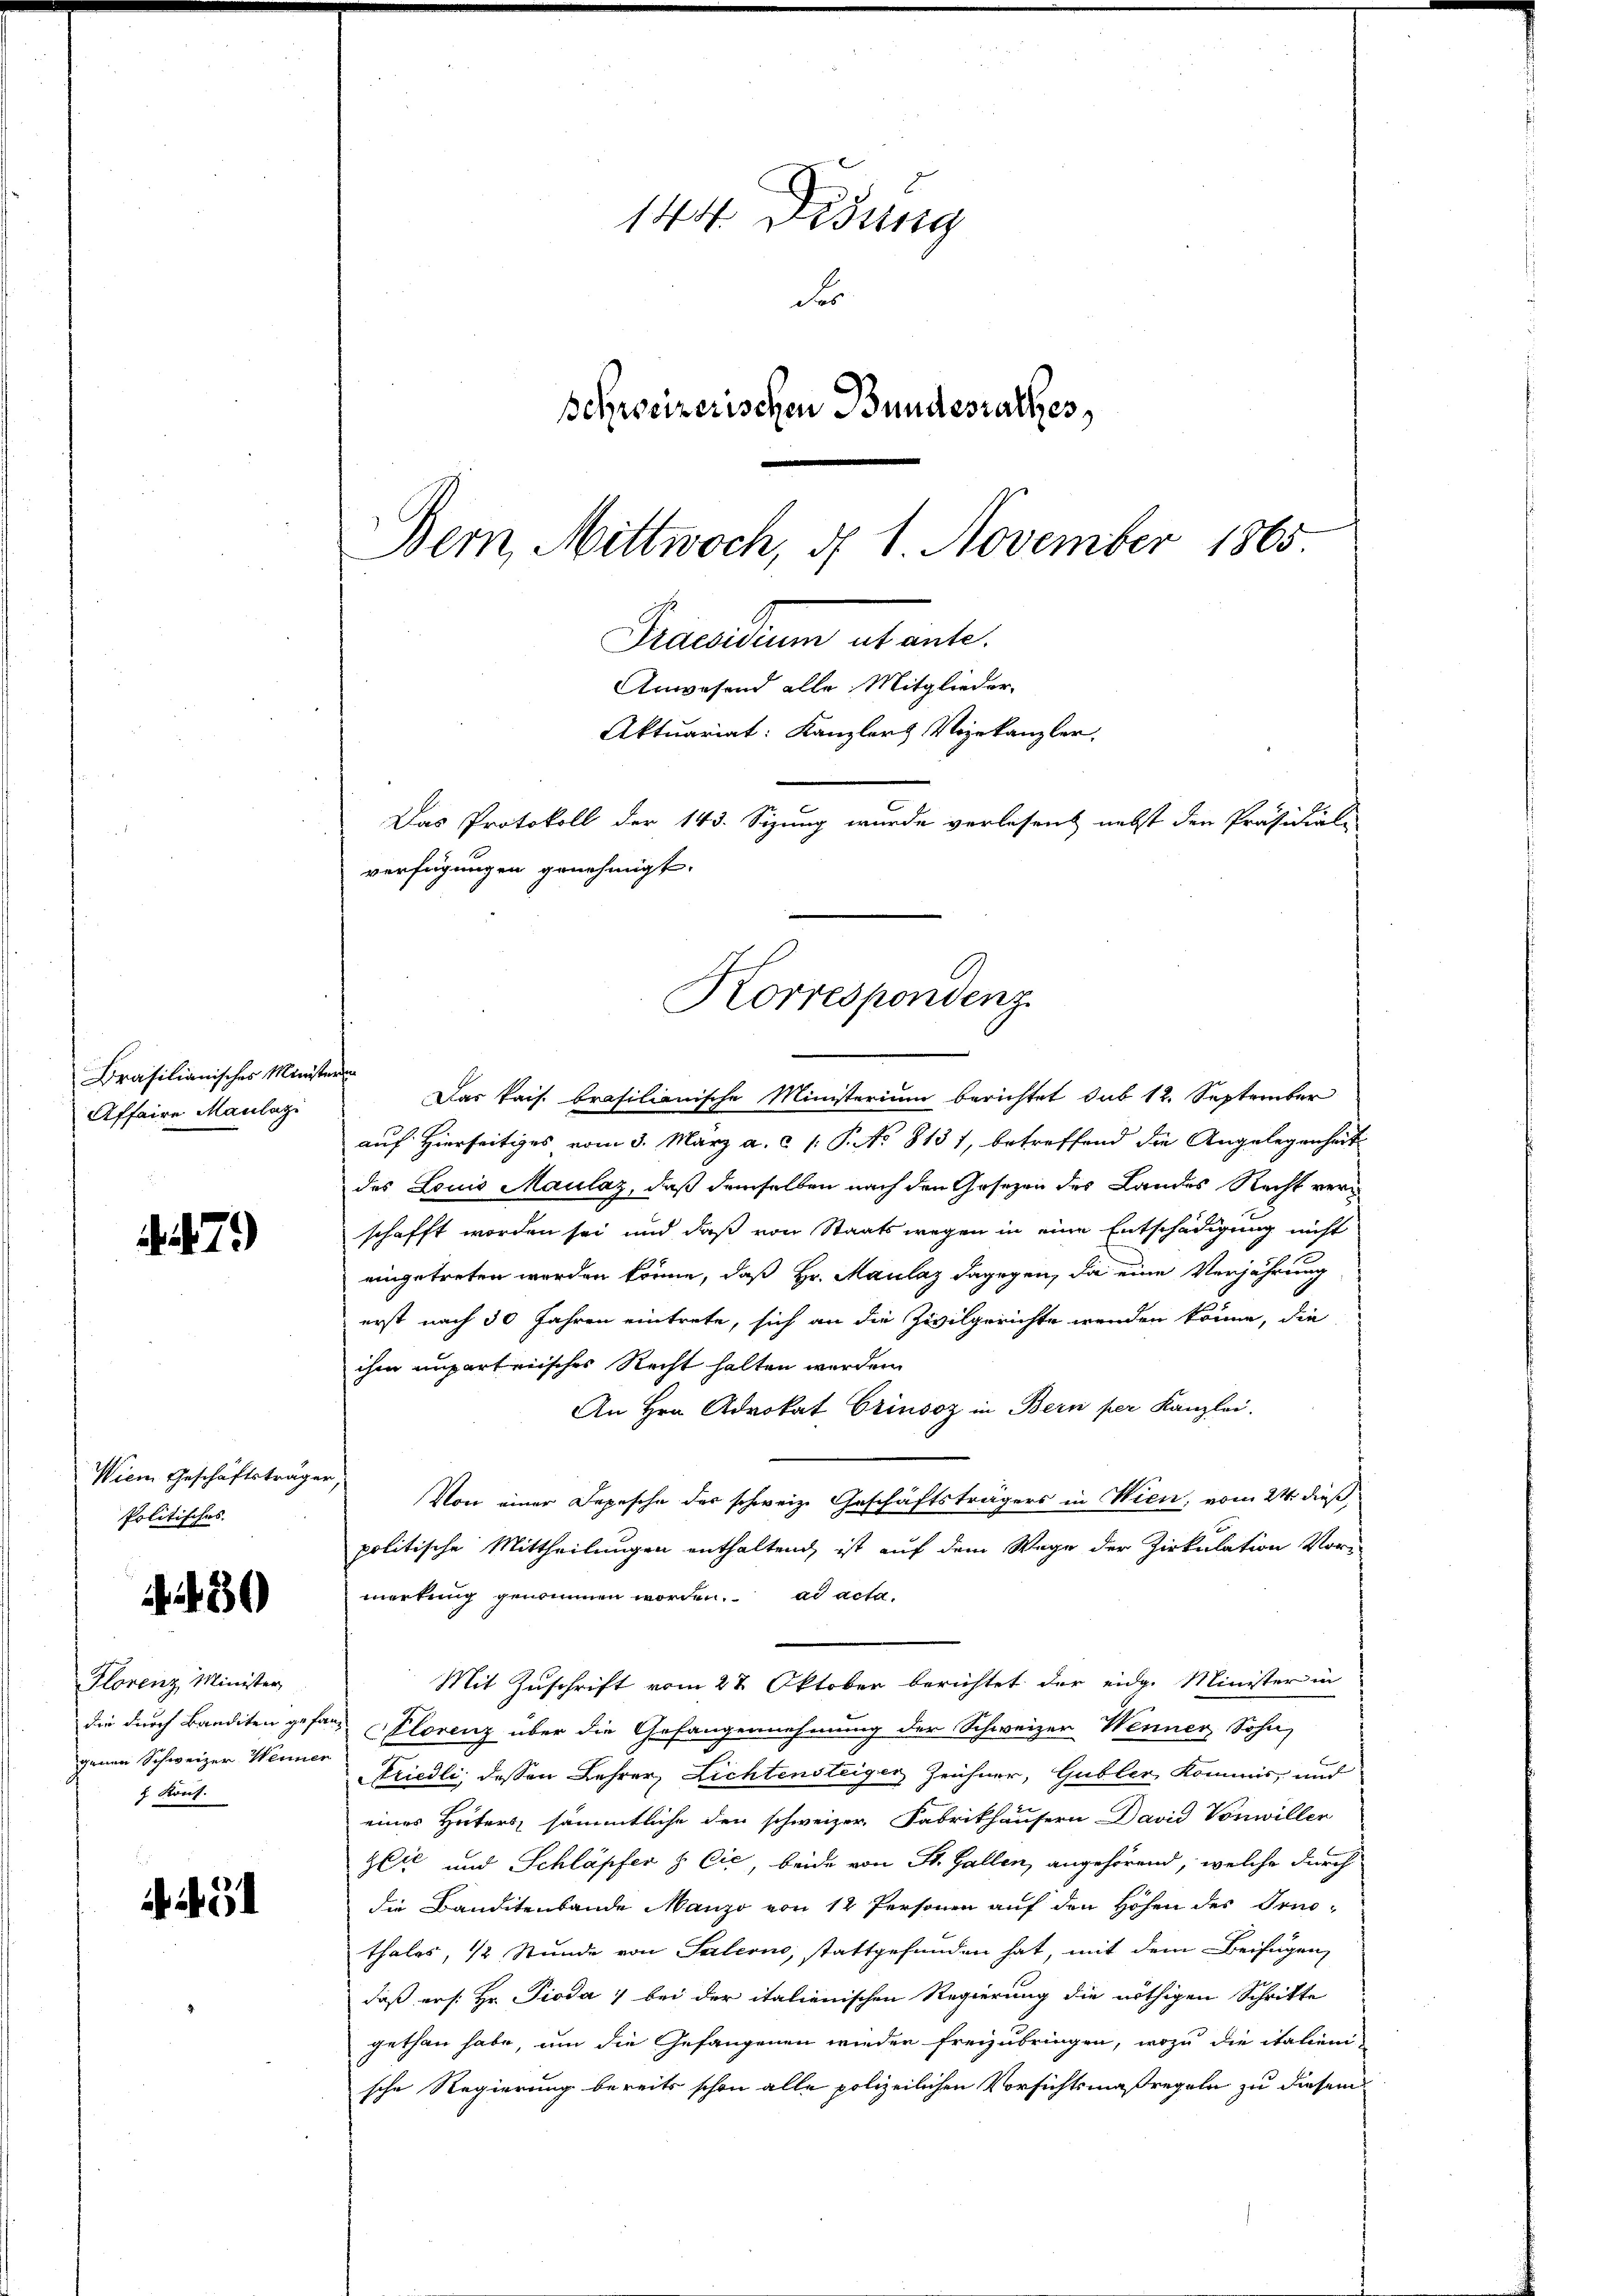
Brasilianisches Ministe
Affaire Maulazi

)

Wien Geschäftsträgen
Politisches

30

Plorenz Minister
die durch Banditen gefa
genen Schweizer Weiner
 Kruf.

144. Disung
Fr
schweizerischen Bundesrathes,
Bern, Mittwoch, d. 1. November 1865.
Precarium abante.

Anwesend alle Mitglieder
Aktuariat: Kanzlers Vizekanzler.
Das Protokoll der 143. Sizung wurde verlesen nebst den Präsidial-
verfügungen genehmigt.
Korrespondenz

r
Das kais. brasilianische Ministerium berichtet sub 12. September
auf Hierseitiges vom 3. März a. c. 1: P. No 8131, betreffend die Angelegenheit
des Louis Maulaz, daß demselben nach den Gesezen des Landes Recht verschafft worden sei und daß von Staatswegen in eine Entschädigung nicht
eingetreten werden könne, daß Hr. Maulaz dagegen, da eine Verjährung
erst nach 30 Jahren eintrete, sich an die Zivilgerichte werden könne, die
ihm unparteiisches Recht halten werden
An Hrn. Advokat Grinsoz in Bern per Kanzlei.
Von einer Depesche der schweiz. Geschäftsträgers in Wien, vom 24. dieß,
politische Mittheilungen enthaltend, ist auf dem Wege der Zirkulation Vor-
merkung genommen worden. ad acta.
Mit Zuschrift vom 27. Oktober berichtet der eidg. Minister in
 Florenz über die Gefangennehmung der Schweizer Wenner Sohn
Friedli, dessen Lehrer, Lichtensteiger Zeichner, Gubler Kommis, und
eines Hüters, sämmtliche den schweizer Fabrikhäusern David Vonwiller
Heie und Schläpfer z. Cie, beide von St. Gallen, angehörend, welche durch
die Banditenbande Manzo von 12 Personen auf den Höhen des Trithales, ½ Stunde von Salerno, stattgefunden hat, mit dem Beifügen,
daß ers: Hr. Pioda) bei der italienischen Regierung die nöthigen Schritte
gethan habe, um die Gefangenen wieder freizubringen, wozu die italien
sche Regierung bereits schon alle polizeilichen Vorsichtsmaßregeln zu diesem